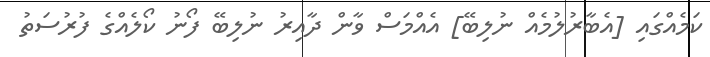
ކަމެއްގައި [އެބާރުލުމެއް ނުލިބޭ] އެއްމަސް ވާން ދާއިރު ނުލިބޭ ފޯނު ކޯލެއްގެ ފުރުސަތު